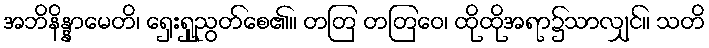
အဘိနိန္နာမေတိ၊ ရှေးရှုညွတ်စေ၏။ တတြ တတြေဝ၊ ထိုထိုအရာ၌သာလျှင်။ သတိ